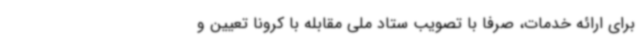
برای ارائه خدمات، صرفاً با تصویب ستاد ملی مقابله با کرونا تعیین و